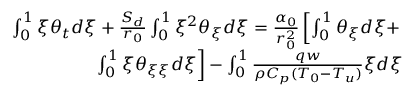
\begin{array} { r } { \int _ { 0 } ^ { 1 } \xi \theta _ { t } d \xi + \frac { S _ { d } } { r _ { 0 } } \int _ { 0 } ^ { 1 } \xi ^ { 2 } \theta _ { \xi } d \xi = \frac { \alpha _ { 0 } } { r _ { 0 } ^ { 2 } } \left[ \int _ { 0 } ^ { 1 } \theta _ { \xi } d \xi + \right. } \\ { \left. \int _ { 0 } ^ { 1 } \xi \theta _ { \xi \xi } d \xi \right] - \int _ { 0 } ^ { 1 } \frac { q w } { \rho C _ { p } ( T _ { 0 } - T _ { u } ) } \xi d \xi } \end{array}